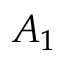
A _ { 1 }